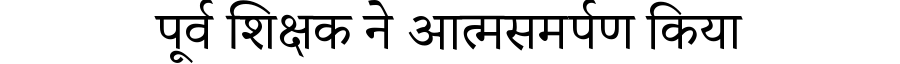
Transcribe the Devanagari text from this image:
पूर्व शिक्षक ने आत्मसमर्पण किया